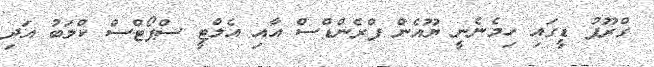
ގްރޫޕު ޑީގައި ހިމެނެނީ ޔޫއެން ފްރެންޑްސް އާއި އެލްޓީ ސްޕޯޓްސް ކްލަބު އަދި